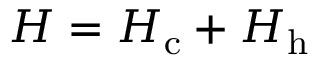
H = H _ { \mathrm { c } } + H _ { \mathrm { h } }